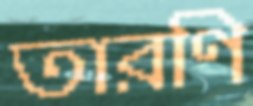
তারণি